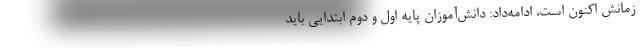
زمانش اکنون است، ادامه‌داد: دانش‌آموزان پایه اول و دوم ابتدایی باید